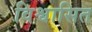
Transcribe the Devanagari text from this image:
विश्वासित